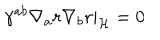
LaTeX: \gamma ^ { a b } \nabla _ { a } r \nabla _ { b } r | _ { \cal H } = 0